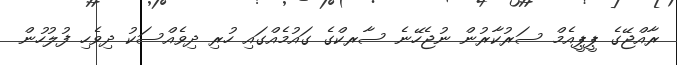
ރާއްޖޭގެ ޕީޕީއެމް ސަރުކާރުން ނުޖެހޭނެ ސާރކްގެ ގައުމެއްގައި ހުރި ދިވެއްސަކު ދިވެހި ފުލުހުން